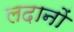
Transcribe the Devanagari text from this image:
लदानों